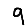
Digit: 9